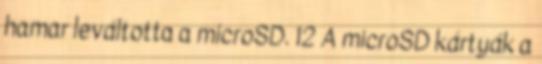
hamar leváltotta a microSD. 12 A microSD kártyák a